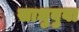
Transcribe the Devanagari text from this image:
साधुबुवा